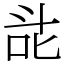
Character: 㖍